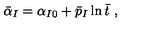
\bar { \alpha } _ { I } = \alpha _ { I 0 } + \bar { p } _ { I } \ln \bar { t } \ ,